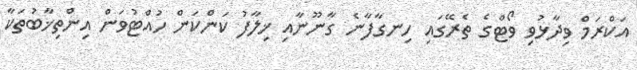
އަކްރަމް ވިދާޅުވި ވޯޓްގެ ތެރޭގައި ހިނގާފާނެ ގާނޫނާއި ޚިލާފު ކަންކަން ހުއްޓުވަން އިންތިޚާބުތަކާ